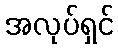
အလုပ်ရှင်